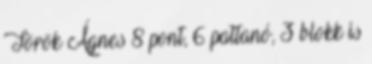
Török Ágnes 8 pont, 6 pattanó, 3 blokk is